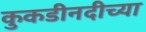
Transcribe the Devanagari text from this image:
कुकडीनदीच्या